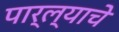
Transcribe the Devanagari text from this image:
पार्ल्याचे